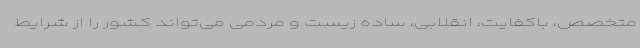
متخصص، باکفایت، انقلابی، ساده زیست و مردمی می‌تواند کشور را از شرایط